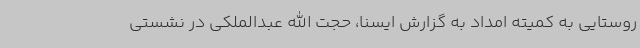
روستایی به کمیته امداد به گزارش ایسنا، حجت الله عبدالملکی در نشستی